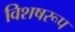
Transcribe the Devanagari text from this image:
विशषरूप